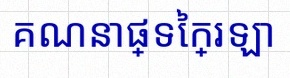
គណនាផ្ទៃក្រឡា